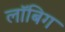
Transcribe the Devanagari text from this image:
लॉबिग